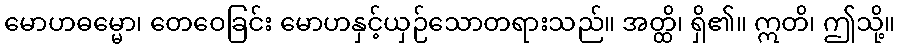
မောဟဓမ္မော၊ တေဝေခြင်း မောဟနှင့်ယှဉ်သောတရားသည်။ အတ္ထိ၊ ရှိ၏။ ဣတိ၊ ဤသို့။